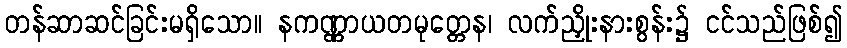
တန်ဆာဆင်ခြင်းမရှိသော။ နကဏ္ဏာယတမုတ္တေန၊ လက်ညှိုးနားစွန်း၌ ငင်သည်ဖြစ်၍